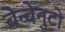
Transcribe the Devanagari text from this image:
बेन्वेनुटो